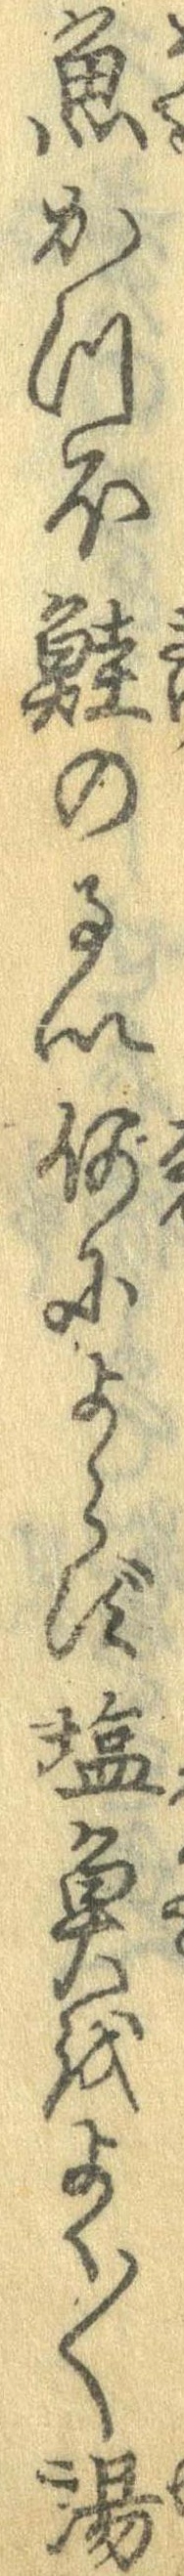
魚かつほ鮭のるい何によらず塩魚をよく〱湯